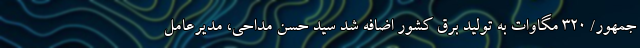
جمهور/ ۳۲۰ مگاوات به تولید برق کشور اضافه شد سید حسن مداحی، مدیرعامل